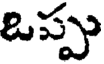
ఒప్పు